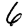
Digit: 6